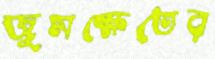
জুমক্ষেতের